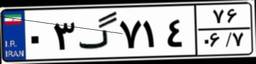
۶۵گ۸۶۷۰۵